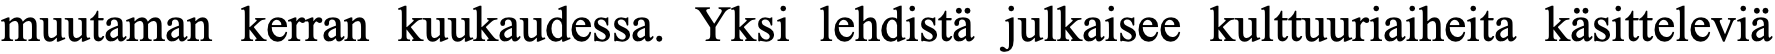
muutaman kerran kuukaudessa. Yksi lehdistä julkaisee kulttuuriaiheita käsitteleviä